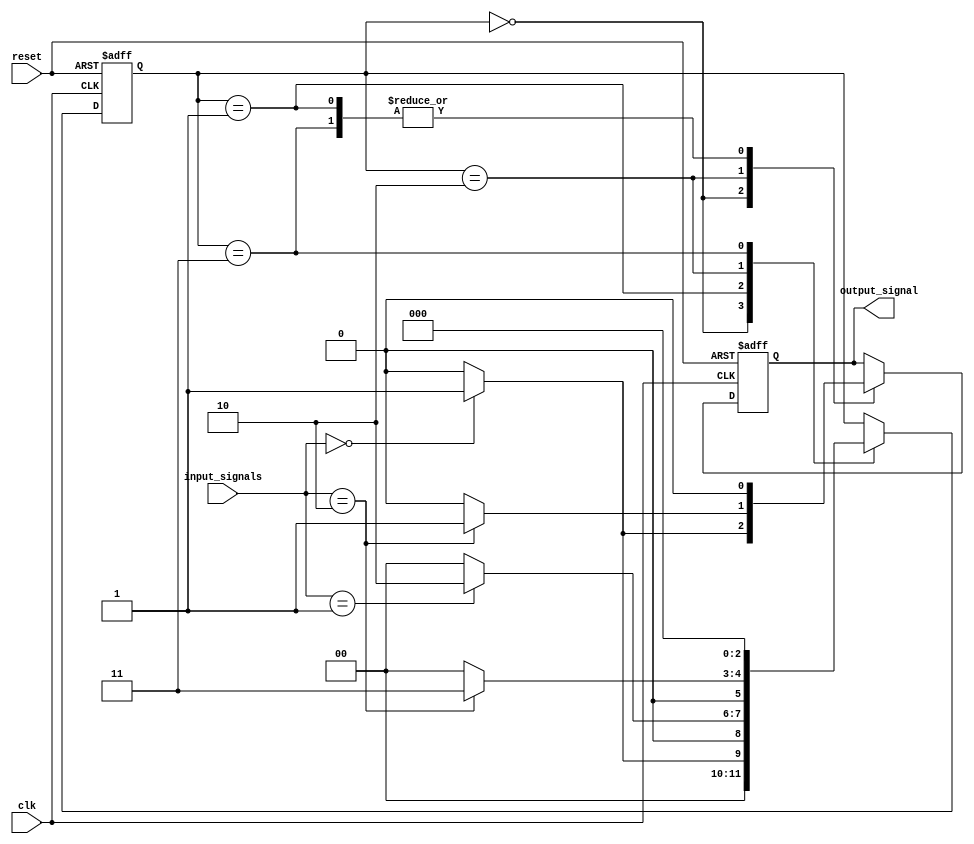
module Mealy_State_Machine (
    input clk,
    input reset,
    input [1:0] input_signals,
    output reg output_signal
);

reg [2:0] state;
parameter S0 = 3'b000, S1 = 3'b001, S2 = 3'b010, S3 = 3'b011;

always @(posedge clk or posedge reset) begin
    if (reset) begin
        state <= S0;
        output_signal <= 0;
    end else begin
        case (state)
            S0: begin
                if (input_signals == 2'b00) begin
                    state <= S1;
                    output_signal <= 1;
                end else begin
                    state <= S0;
                    output_signal <= 0;
                end
            end
            S1: begin
                if (input_signals == 2'b01) begin
                    state <= S2;
                    output_signal <= 0;
                end else begin
                    state <= S0;
                    output_signal <= 0;
                end
              end
            S2: begin
                if (input_signals == 2'b10) begin
                    state <= S3;
                    output_signal <= 1;
                end else begin
                    state <= S0;
                    output_signal <= 0;
                end
            end
            S3: begin
                state <= S0;
                output_signal <= 0;
            end
        endcase
    end
end

endmodule